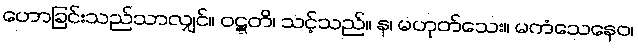
ဟောခြင်းသည်သာလျှင်။ ဝဋ္ဋတိ၊ သင့်သည်။ န၊ မဟုတ်သေး။ မကံသေနေဝ၊